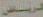
الرياض